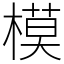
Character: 模